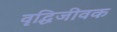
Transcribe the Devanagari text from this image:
वृद्धिजीवक